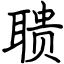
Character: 聩